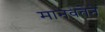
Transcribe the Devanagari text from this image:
मानवतेने